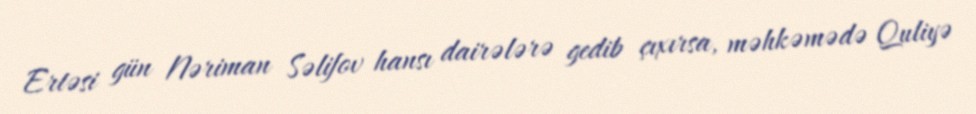
Ertəsi gün Nəriman Səlifov hansı dairələrə gedib çıxırsa, məhkəmədə Quliyə